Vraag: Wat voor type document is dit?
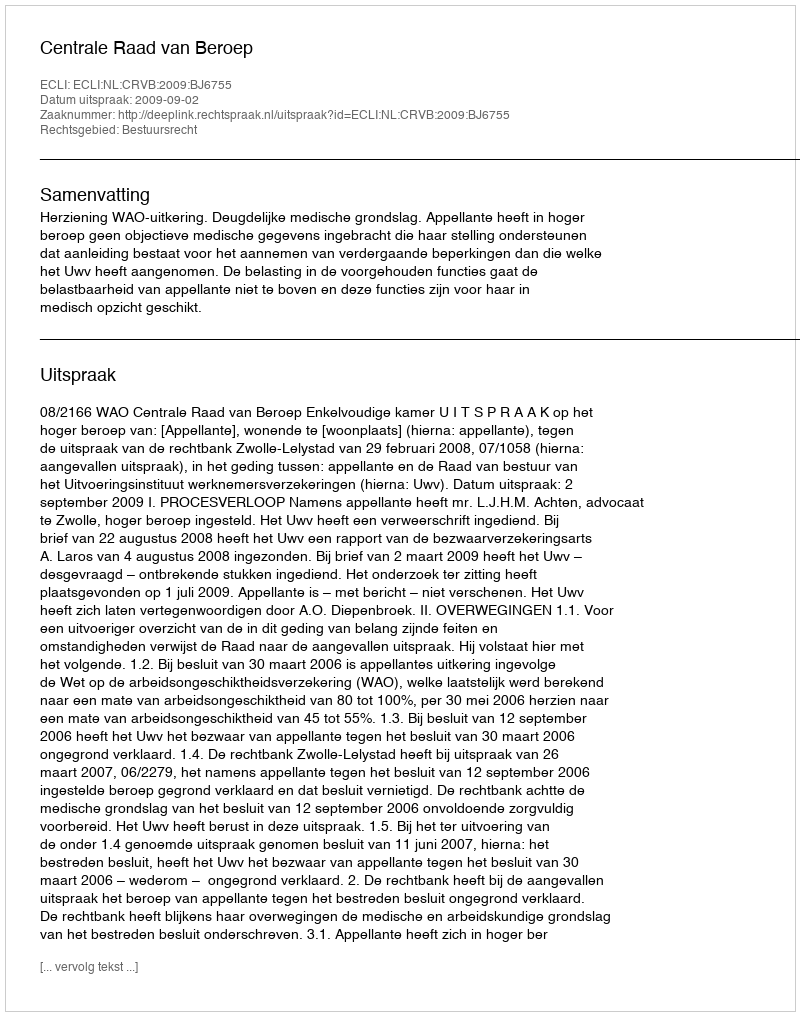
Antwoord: Uitspraak